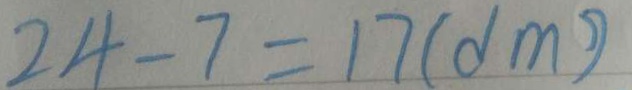
2 4 - 7 = 1 7 ( d m )